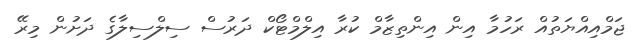
ޖަމްއިއްޔަތުއް ރަހުމާ އިން އިންތިޒާމް ކުރާ އިލްމްޓޯކް ދަރުސް ސިލްސިލާގެ ދަށުން މިރޭ